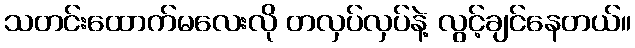
သတင်းထောက်မလေးလို တလှပ်လှပ်နဲ့ လွင့်ချင်နေတယ်။